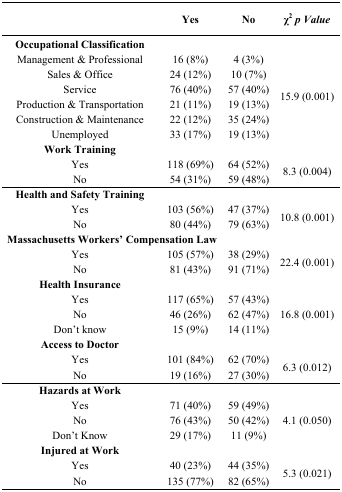
<table><thead><tr><td></td><td><b>Yes</b></td><td><b>No</b></td><td><b>χ<sup>2</sup><i>p Value</i></b></td></tr></thead><tbody><tr><td><b>Occupational Classification</b></td><td></td><td></td><td></td></tr><tr><td>Management &amp; Professional</td><td>16 (8%)</td><td>4 (3%)</td><td rowspan="6">15.9 (0.001)</td></tr><tr><td>Sales &amp; Office</td><td>24 (12%)</td><td>10 (7%)</td></tr><tr><td>Service</td><td>76 (40%)</td><td>57 (40%)</td></tr><tr><td>Production &amp; Transportation</td><td>21 (11%)</td><td>19 (13%)</td></tr><tr><td>Construction &amp; Maintenance</td><td>22 (12%)</td><td>35 (24%)</td></tr><tr><td>Unemployed</td><td>33 (17%)</td><td>19 (13%)</td></tr><tr><td><b>Work Training</b></td><td></td><td></td><td></td></tr><tr><td>Yes</td><td>118 (69%)</td><td>64 (52%)</td><td rowspan="2">8.3 (0.004)</td></tr><tr><td>No</td><td>54 (31%)</td><td>59 (48%)</td></tr><tr><td><b>Health and Safety Training</b></td><td></td><td></td><td></td></tr><tr><td>Yes</td><td>103 (56%)</td><td>47 (37%)</td><td rowspan="2">10.8 (0.001)</td></tr><tr><td>No</td><td>80 (44%)</td><td>79 (63%)</td></tr><tr><td colspan="2"><b>Massachusetts Workers’ Compensation Law</b></td><td></td><td></td></tr><tr><td>Yes</td><td>105 (57%)</td><td>38 (29%)</td><td rowspan="2">22.4 (0.001)</td></tr><tr><td>No</td><td>81 (43%)</td><td>91 (71%)</td></tr><tr><td><b>Health Insurance</b></td><td></td><td></td><td></td></tr><tr><td>Yes</td><td>117 (65%)</td><td>57 (43%)</td><td rowspan="3">16.8 (0.001)</td></tr><tr><td>No</td><td>46 (26%)</td><td>62 (47%)</td></tr><tr><td>Don’t know</td><td>15 (9%)</td><td>14 (11%)</td></tr><tr><td><b>Access to Doctor</b></td><td></td><td></td><td></td></tr><tr><td>Yes</td><td>101 (84%)</td><td>62 (70%)</td><td rowspan="2">6.3 (0.012)</td></tr><tr><td>No</td><td>19 (16%)</td><td>27 (30%)</td></tr><tr><td><b>Hazards at Work</b></td><td></td><td></td><td></td></tr><tr><td>Yes</td><td>71 (40%)</td><td>59 (49%)</td><td rowspan="3">4.1 (0.050)</td></tr><tr><td>No</td><td>76 (43%)</td><td>50 (42%)</td></tr><tr><td>Don’t Know</td><td>29 (17%)</td><td>11 (9%)</td></tr><tr><td><b>Injured at Work</b></td><td></td><td></td><td></td></tr><tr><td>Yes</td><td>40 (23%)</td><td>44 (35%)</td><td rowspan="2">5.3 (0.021)</td></tr><tr><td>No</td><td>135 (77%)</td><td>82 (65%)</td></tr></tbody></table>